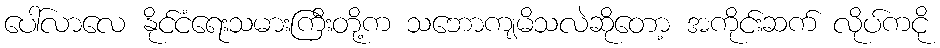
ပေါ်လာလေ နိုင်ငံရေးသမားကြီးတို့က သဘောကျမိသလဲဆိုတော့ အကိုင်းဆက် လိုပ်ကငို